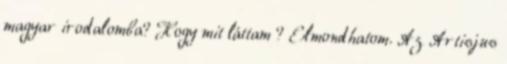
magyar irodalomba? Hogy mit láttam ? Elmondhatom. Az Artisjus